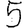
Digit: 5